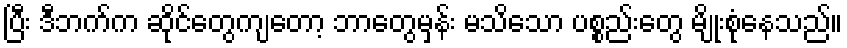
ပြီး ဒီဘက်က ဆိုင်တွေကျတော့ ဘာတွေမှန်း မသိသော ပစ္စည်းတွေ မျိုးစုံနေသည်။